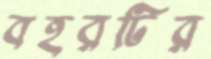
বহরটির